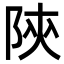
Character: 陝